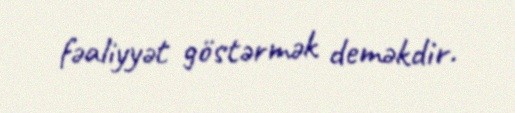
fəaliyyət göstərmək deməkdir.